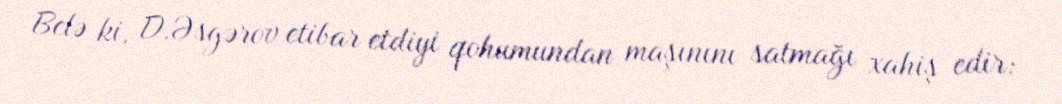
Belə ki, D.Əsgərov etibar etdiyi qohumundan maşınını satmağı xahiş edir: